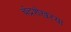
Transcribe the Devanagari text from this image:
चंद्रशेखरया